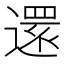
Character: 𮟃